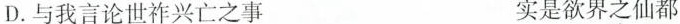
D.与我言论世祚兴亡之事 实是欲界\underset{·}{之}仙都